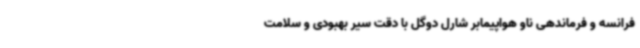
فرانسه و فرماندهی ناو هواپیمابر شارل دوگل با دقت سیر بهبودی و سلامت